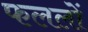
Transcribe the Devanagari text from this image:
फललों